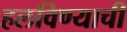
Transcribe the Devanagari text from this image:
हलविण्याची